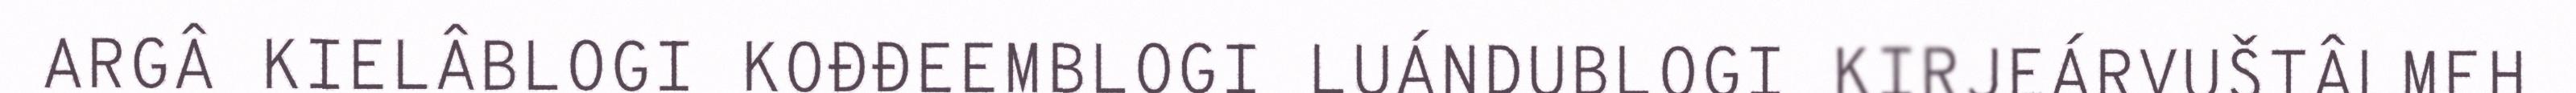
ARGÂ KIELÂBLOGI KOĐĐEEMBLOGI LUÁNDUBLOGI KIRJEÁRVUŠTÂLMEH